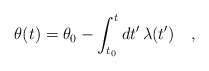
\begin{align*}\theta(t)=\theta_0-\int_{t_0}^t dt'\,\lambda(t')\ \ \ ,\end{align*}